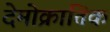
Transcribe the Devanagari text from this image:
देमोक्रातिक